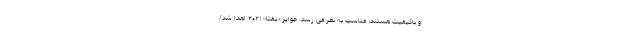
و باکیفیت هستند، مناسب به نظر می رسد. جوایز «بفتا» ۲۰۲۱ اهدا شد/